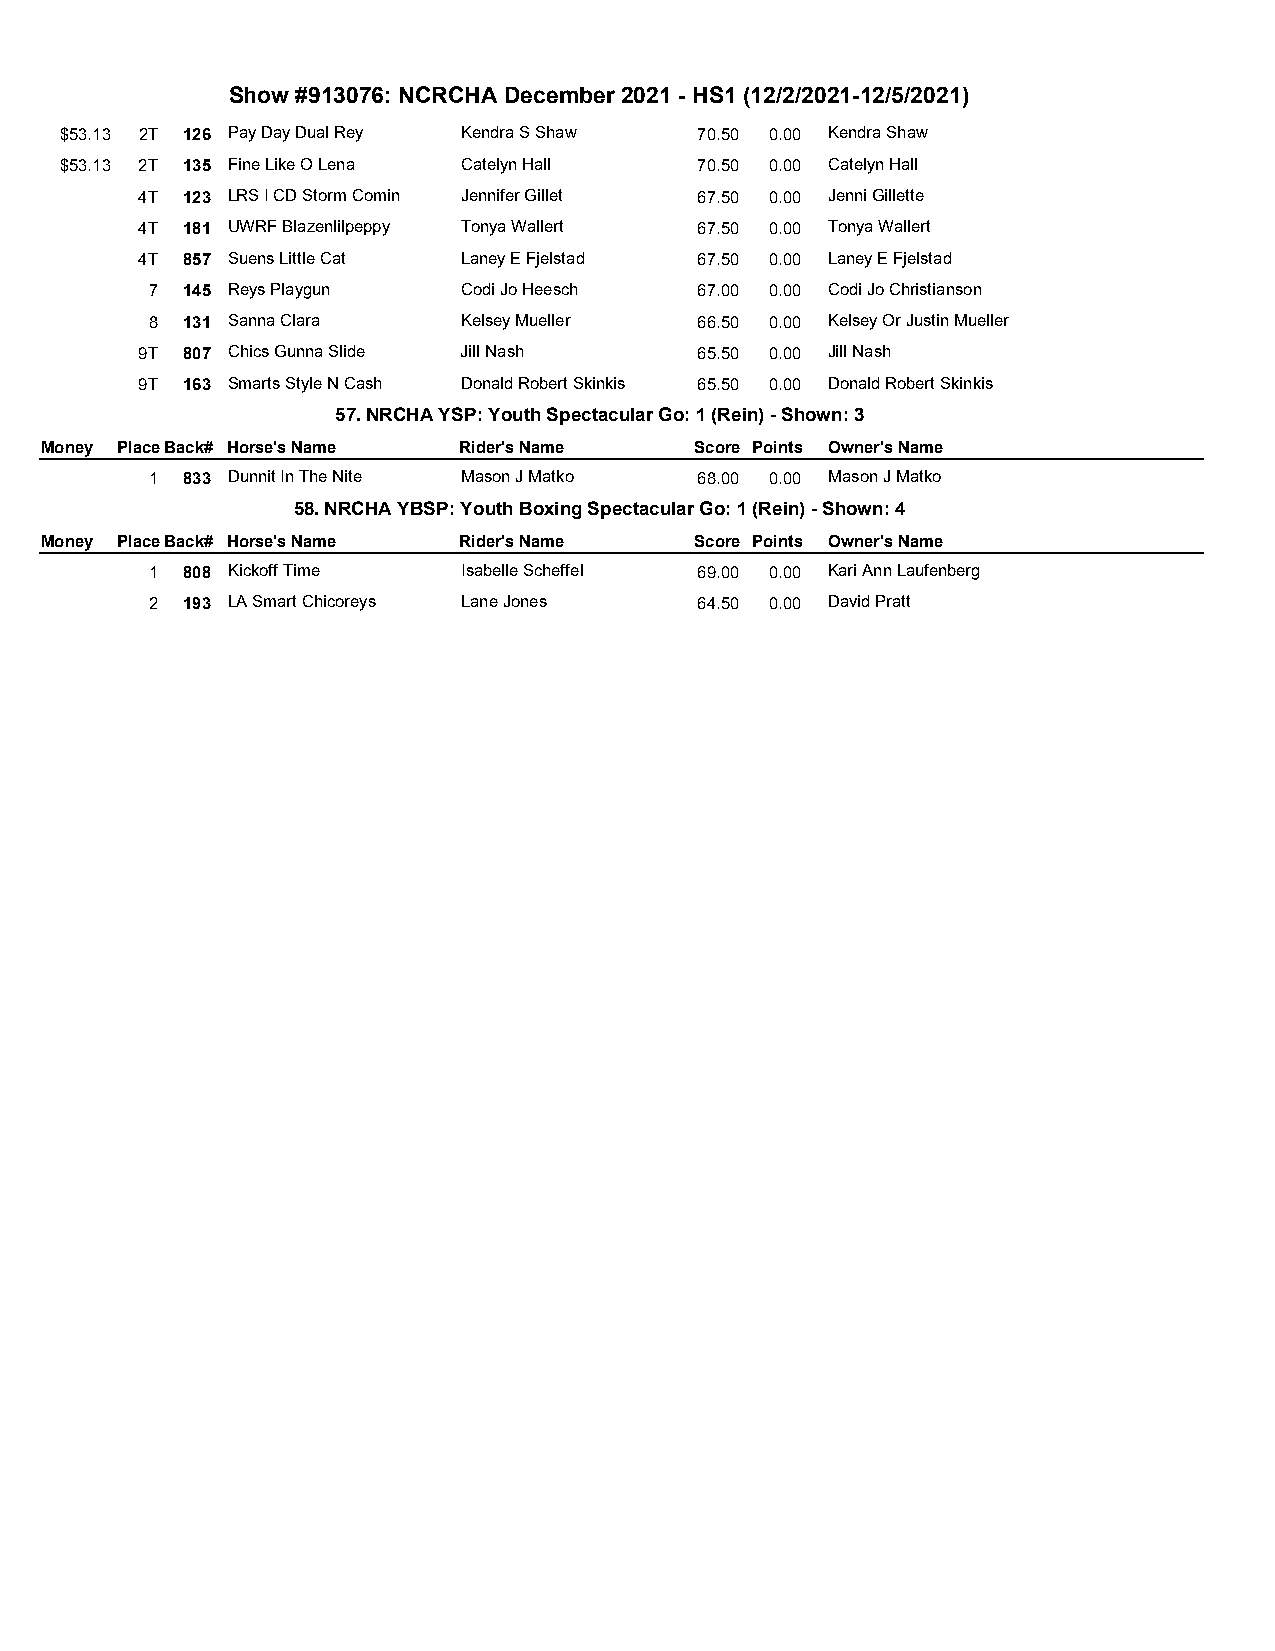
Show #913076: NCRCHA December 2021 - HS1 (12/2/2021-12/5/2021)
 $53.13 2T 126 Pay Day Dual Rey Kendra S Shaw 70.50 0.00 Kendra Shaw
 $53.13 2T 135 Fine Like O Lena Catelyn Hall 70.50 0.00 Catelyn Hall
 4T 123 LRS I CD Storm Comin Jennifer Gillet 67.50 0.00 Jenni Gillette
 4T 181 UWRF Blazenlilpeppy Tonya Wallert 67.50 0.00 Tonya Wallert
 4T 857 Suens Little Cat Laney E Fjelstad 67.50 0.00 Laney E Fjelstad
 7 145 Reys Playgun   Codi Jo Heesch 67.00 0.00 Codi Jo Christianson
 8 131 Sanna Clara    Kelsey Mueller 66.50 0.00 Kelsey Or Justin Mueller
 9T 807 Chics Gunna Slide Jill Nash   65.50 0.00 Jill Nash
 9T 163 Smarts Style N Cash Donald Robert Skinkis 65.50 0.00 Donald Robert Skinkis
 57. NRCHA YSP: Youth Spectacular Go: 1 (Rein) - Shown: 3
 Money PlaceBack# Horse's Name Rider's Name Score Points Owner's Name
 1 833 Dunnit In The Nite Mason J Matko 68.00 0.00 Mason J Matko
 58. NRCHA YBSP: Youth Boxing Spectacular Go: 1 (Rein) - Shown: 4
 Money PlaceBack# Horse's Name Rider's Name Score Points Owner's Name
 1 808 Kickoff Time   Isabelle Scheffel 69.00 0.00 Kari Ann Laufenberg
 2 193 LA Smart Chicoreys Lane Jones 64.50 0.00 David Pratt